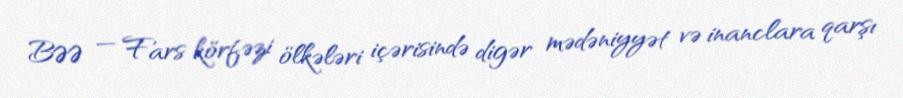
BƏƏ — Fars körfəzi ölkələri içərisində digər mədəniyyət və inanclara qarşı